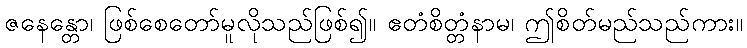
ဇနေန္တော၊ ဖြစ်စေတော်မူလိုသည်ဖြစ်၍။ ဧတံစိတ္တံနာမ၊ ဤစိတ်မည်သည်ကား။